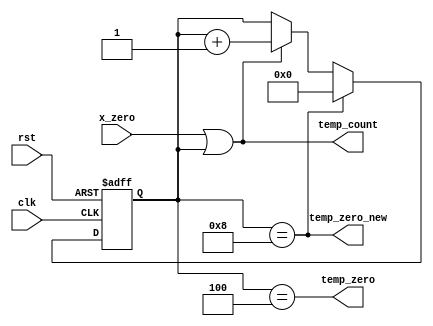
//we need temp_counter  to count 4 times(from 1 to 4) with each (x=29)and(y=29)and(k=2)and(j=2) then back to 0 and so on

module temp_count_L1 (temp_count,temp_zero,clk,rst,x_zero,temp_zero_new);
output wire  temp_count,temp_zero,temp_zero_new;
input wire clk,rst,x_zero;
reg [3:0] temp;
always @ (posedge clk or negedge rst)
	begin
		if (!rst )
			 temp<=5;
		else if (temp==8)
			 temp<=0;	
		else if ((x_zero)||temp)
			 temp<= temp+4'b1;
	end
assign temp_count=(x_zero)||temp;
assign temp_zero=(temp==4);
assign temp_zero_new=(temp==8);
//assign temp_5=(temp==5);

endmodule